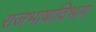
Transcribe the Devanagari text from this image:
राजभाषाविभाग